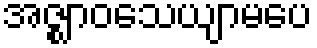
အဇ္ဈာဝသေယျာမပေ